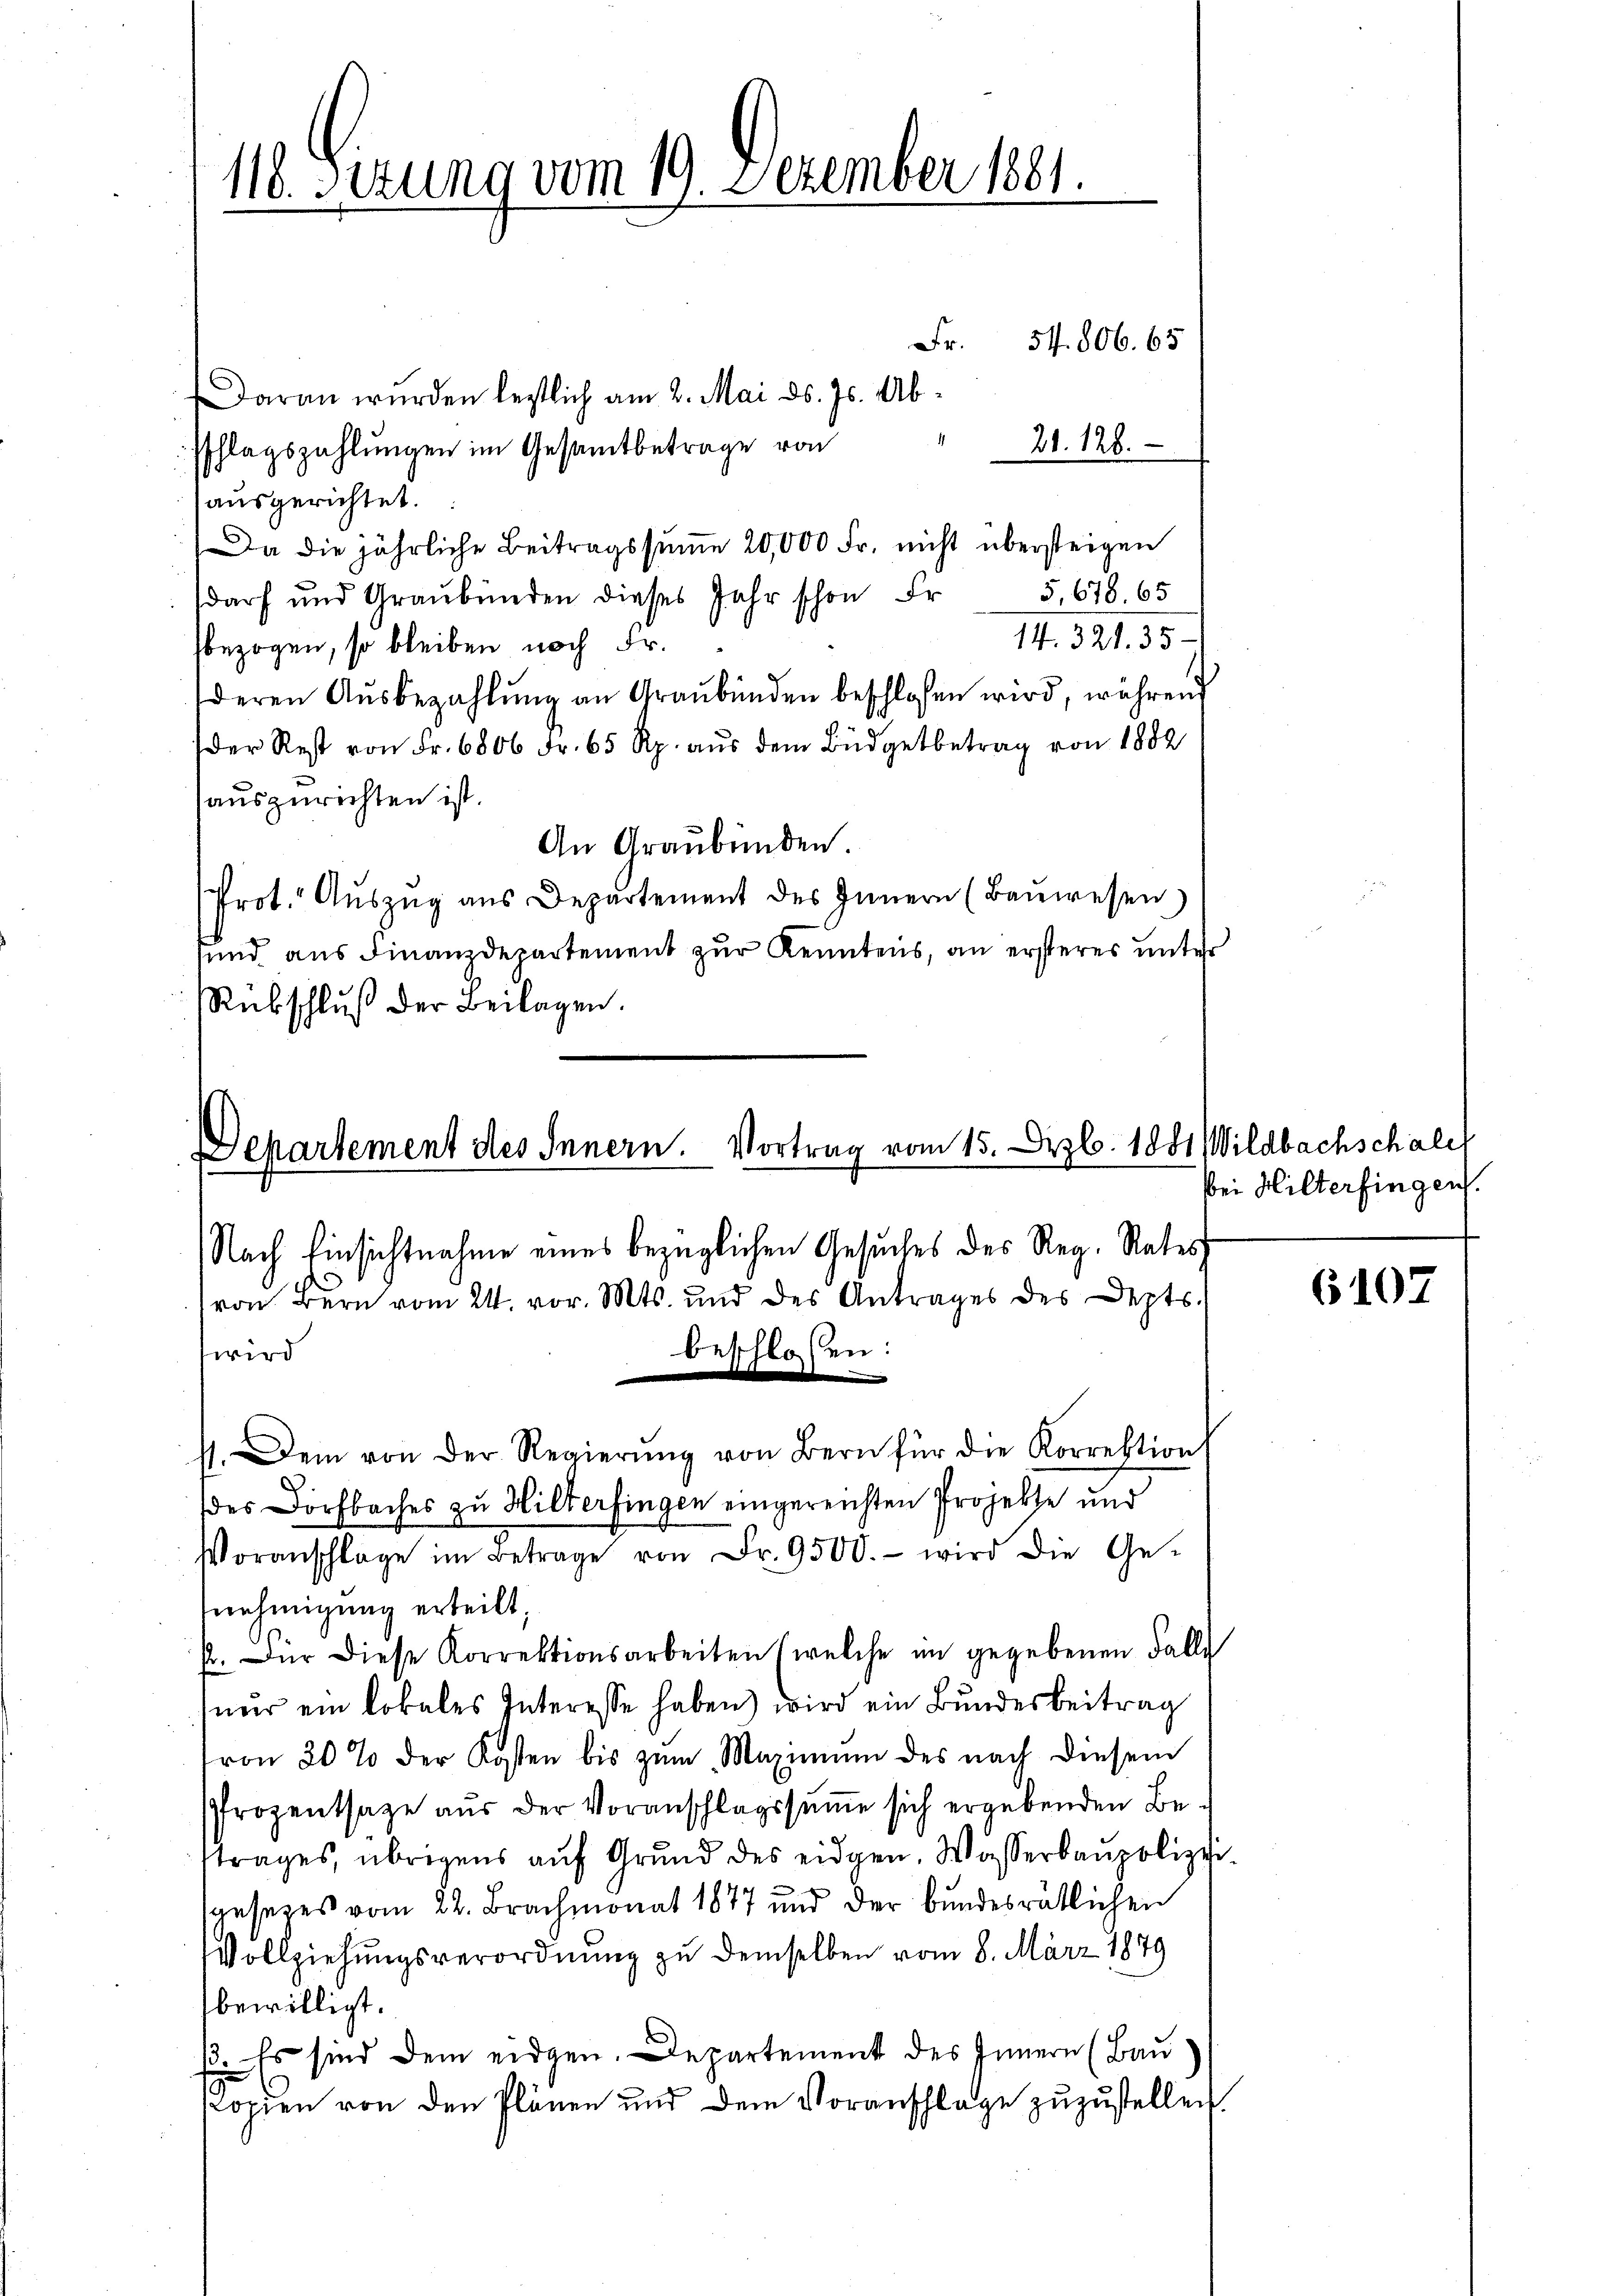
118. Sizung vom 19. Dezember 1881.

Fr. 54. 806. 65
Daran wurden leztlich am 2. Mai d. Js. Ab¬
1
21. 128.
sschlagszahlungen im Gesamtbetrage von
ausgerichtet.
Da die jährliche Beitragssumme 20,000 Fr. nicht übersteigen
5,678. 65
darf und Graubünden dieses Jahr schon Er
14. 321. 35.
bezogen, so bleiben noch Fr.
deren Aŭsbezahlŭng an Graubünden beschlossen wird, während
der Rest von Fr. 6806 Fr. 65 Rp. aŭs dem Büdgetbetrag von 1882
auszurechten ist.
An Graubünden.
Prot. Auszug aus Departement des Innern (Bauwesen)
sund aus Finanzdepartement zur Kenntens, an ersteres unter
Rübschluß der Beilagen.

Departement des Innern. Vortrag vom 15. Dezb. 1881

Nach Einsichtnahme eines bezüglichen Gesuches des Reg. Rates
von Bern vom 21. vor. Mts. und des Antrages des Depts.
beschloßen:
wird
.
11. Dem von der Regierŭng von Bern für die Korrektion
des Dorfbaches zu Hilterfingen eingereichten Projekte und
Voranschlage im Betrage von Fr. 9500.- wird die Ge-
snehmigung erteilt,
fr. für diese Korrektionsarbeiten (welche im gegebenen Falle
(nur ein lokales Interesse haben) wird ein Bundesbeitrag
von 30% der Kosten bis zŭm „Maximŭm des nach diesem
Prozentsage aus der Voranschlagssŭṁe sich ergebenden Bettrages, übrigens auf Grund des eidgen. Wasserbaupolizei
u
sgesezes vom 22. Brachmonat 1877 und der bundesrätlichen
Vollziehungsverordnung zu demselben vom 8. März 1879
bewilligt.
ß. Es sind dem eidgen. Departement des Innern (Bau
Kopien von den Plänen und dem Voranschlage zuzustellen.

Wildbachschalet
bei Hilterfingen.

6107